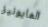
المايونيز